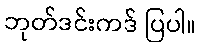
ဘုတ်ဒင်းကဒ် ပြပါ။